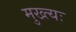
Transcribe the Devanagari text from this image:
मुख्त्यः